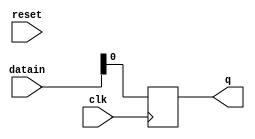
module MAX11046_module4 ( clk , reset , datain , q ) ; 

//
reg u3 			 ; 
//
input wire clk   ; 
input wire reset ; 


input [15:0] datain ; 


output reg	q			;


always @ (posedge clk) 
	begin
		
		q <= datain ;
		
	end


endmodule